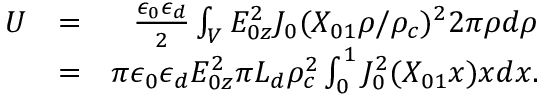
\begin{array} { r l r } { U } & { = } & { \frac { \epsilon _ { 0 } \epsilon _ { d } } { 2 } \int _ { V } E _ { 0 z } ^ { 2 } J _ { 0 } ( X _ { 0 1 } \rho / \rho _ { c } ) ^ { 2 } 2 \pi \rho d \rho } \\ & { = } & { \pi \epsilon _ { 0 } \epsilon _ { d } E _ { 0 z } ^ { 2 } \pi L _ { d } \rho _ { c } ^ { 2 } \int _ { 0 } ^ { 1 } J _ { 0 } ^ { 2 } ( X _ { 0 1 } x ) x d x . } \end{array}